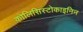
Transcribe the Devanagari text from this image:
कोलिसिस्टोकाइनिन